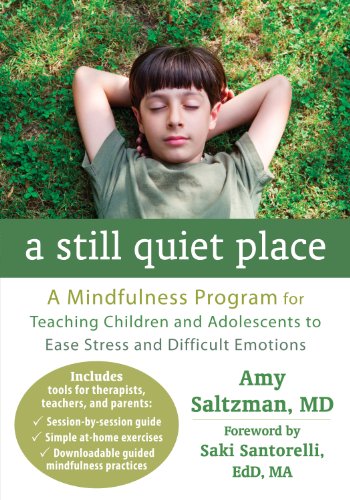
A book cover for A Still Quiet Place: A Mindfulness Program for Teaching Children and Adolescents to Ease Stress and Difficult Emotions; Amy Saltzman MD; Medical Books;